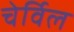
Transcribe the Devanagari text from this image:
चेर्विल